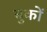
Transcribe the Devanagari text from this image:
बुकों